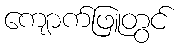
ကျောက်ဖြူတွင်